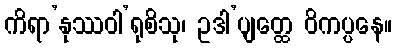
ကိရာ’နုဿဝါ’ရုစိသု၊ ဥဒါ’ပျတ္ထေ ဝိကပ္ပနေ။